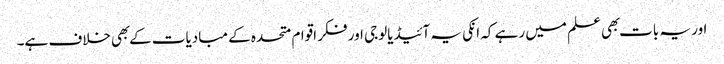
اور یہ بات بهی علم میں رہے کہ انکی یہ آئیڈیالوجی اور فکر اقوام متحده کے مبادیات کے بهی خلاف ہے۔